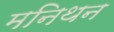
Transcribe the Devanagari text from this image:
मनिथन